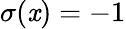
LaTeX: \sigma(\mathit{x})=-1